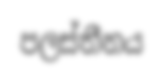
පලස්තීනය